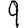
Digit: 9